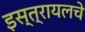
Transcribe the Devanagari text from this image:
इस्त्रायलचे